Subject: math
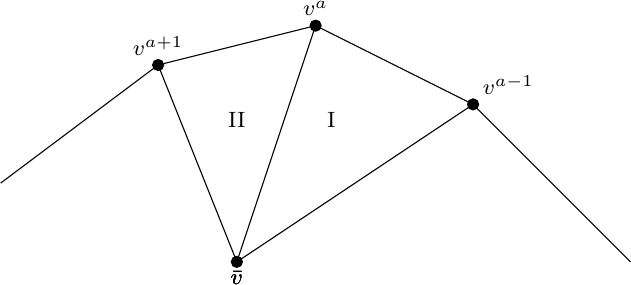
LaTeX code:
\begin{tikzpicture}[font = \footnotesize]
\draw (-4,0)--(-2,1.5)  node[above] {$v^{a+1}$} --(0,2) node[above] {$v^{a}$}--(2,1) node[above right] {$v^{a-1}$}--(4,-1);
\draw (-1,-1) node[below] {$\bar v$}--(0,2);
\draw (-1,-1) node[below] {$\bar v$}--(-2,1.5);
\draw (-1,-1) node[below] {$\bar v$}--(2,1);
\filldraw (0,2) circle (2pt);
\filldraw (-2,1.5)  circle (2pt);
\filldraw (2,1)  circle (2pt);
\filldraw (-1,-1) circle (2pt);
\node[draw=none] at (0.2, 0.8) {I};
\node[draw=none] at (-1, 0.8) {II};
\end{tikzpicture}